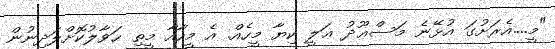
"މީ....އެރަށުގަ އުޅޭނެ މަސްޢޫދު ޢަލީ ކިޔާ މީހެއް. އެ މީހާއާ މީތި ޙަވާލުކޮށްލަދިނުން